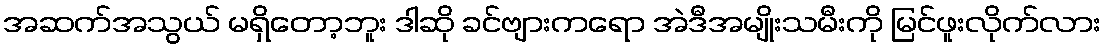
အဆက်အသွယ် မရှိတော့ဘူး ဒါဆို ခင်ဗျားကရော အဲဒီအမျိုးသမီးကို မြင်ဖူးလိုက်လား